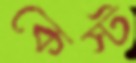
কেস্ট